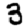
Digit: 3